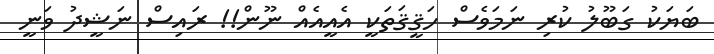
ބަޔަކު ގަބޫލު ކުރި ނަމަވެސް ހަޤީޤަތަކީ އެއީއެއް ނޫން!! ރައިސް ނަޝީދު ވަނީ